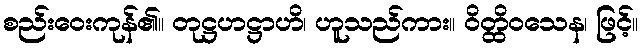
စည်းဝေးကုန်၏။ တုဋ္ဌဟဋ္ဌာဟိ၊ ဟူသည်ကား။ ဝိတ္ထိဝသေန၊ ဖြင့်။